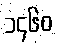
၁၄၆၀